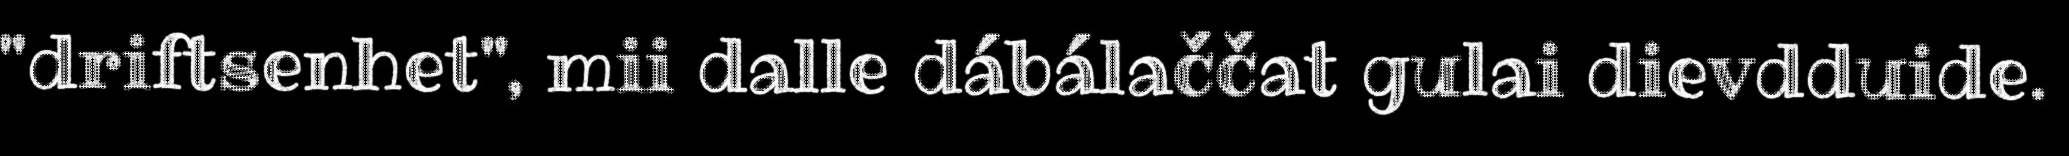
"driftsenhet", mii dalle dábálaččat gulai dievdduide.